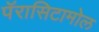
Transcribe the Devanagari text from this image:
पॅरासिटामोल